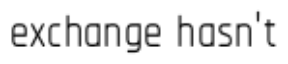
exchange hasn't